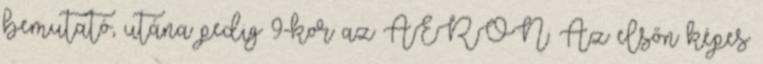
bemutató, utána pedig 9-kor az ÁERON. Az elsőn képes